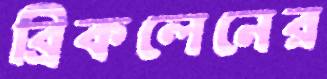
ব্রিকলেনের